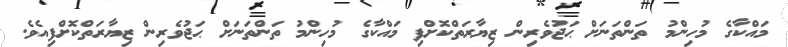
މައްކާގެ މުހިންމު ތަންތަނަށް ޙަޖުވެރިން ޒިޔާރަތްކޮށްފި މައްކާގެ މުހިންމު ތަންތަނަށް ޙަޖުވެރިން ޒިޔާރަތްކޮށްފިއެވެ.